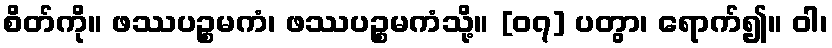
စိတ်ကို။ ဖဿပဉ္စမကံ၊ ဖဿပဉ္စမကံသို့။ [၀၇] ပတွာ၊ ရောက်၍။ ဝါ၊